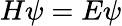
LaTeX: H\psi=E\psi